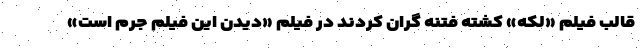
قالب فیلم «لکه» کشته فتنه گران کردند در فیلم «دیدن این فیلم جرم است»